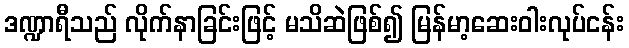
ဒဏ္ဍာရီသည် လိုက်နာခြင်းဖြင့် မသိဆဲဖြစ်၍ မြန်မာ့ဆေးဝါးလုပ်ငန်း